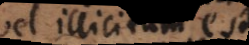
vel illicitum est.